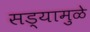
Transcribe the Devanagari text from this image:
सड्यामुळे